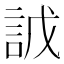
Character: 䛋